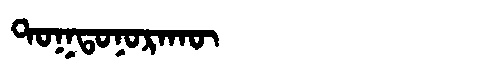
Manchu: ᡨᠣᡴᡨᠣᠨᠣᡵᠠᡴᡡ
Romanization: TOKTONORAKŪ